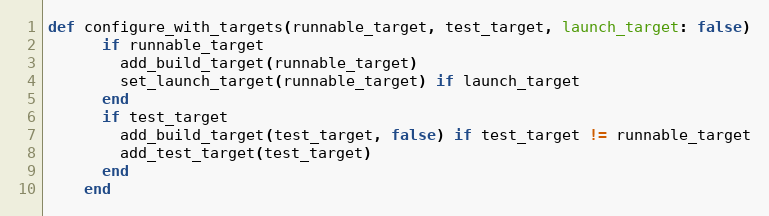
Language: Ruby
def configure_with_targets(runnable_target, test_target, launch_target: false)
      if runnable_target
        add_build_target(runnable_target)
        set_launch_target(runnable_target) if launch_target
      end
      if test_target
        add_build_target(test_target, false) if test_target != runnable_target
        add_test_target(test_target)
      end
    end